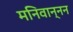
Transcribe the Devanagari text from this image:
मनिवान्नन